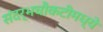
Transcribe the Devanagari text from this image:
संदर्भचौकटीमध्ये